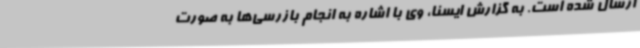
ارسال شده است. به گزارش ایسنا، وی با اشاره به انجام بازرسی‌ها به صورت